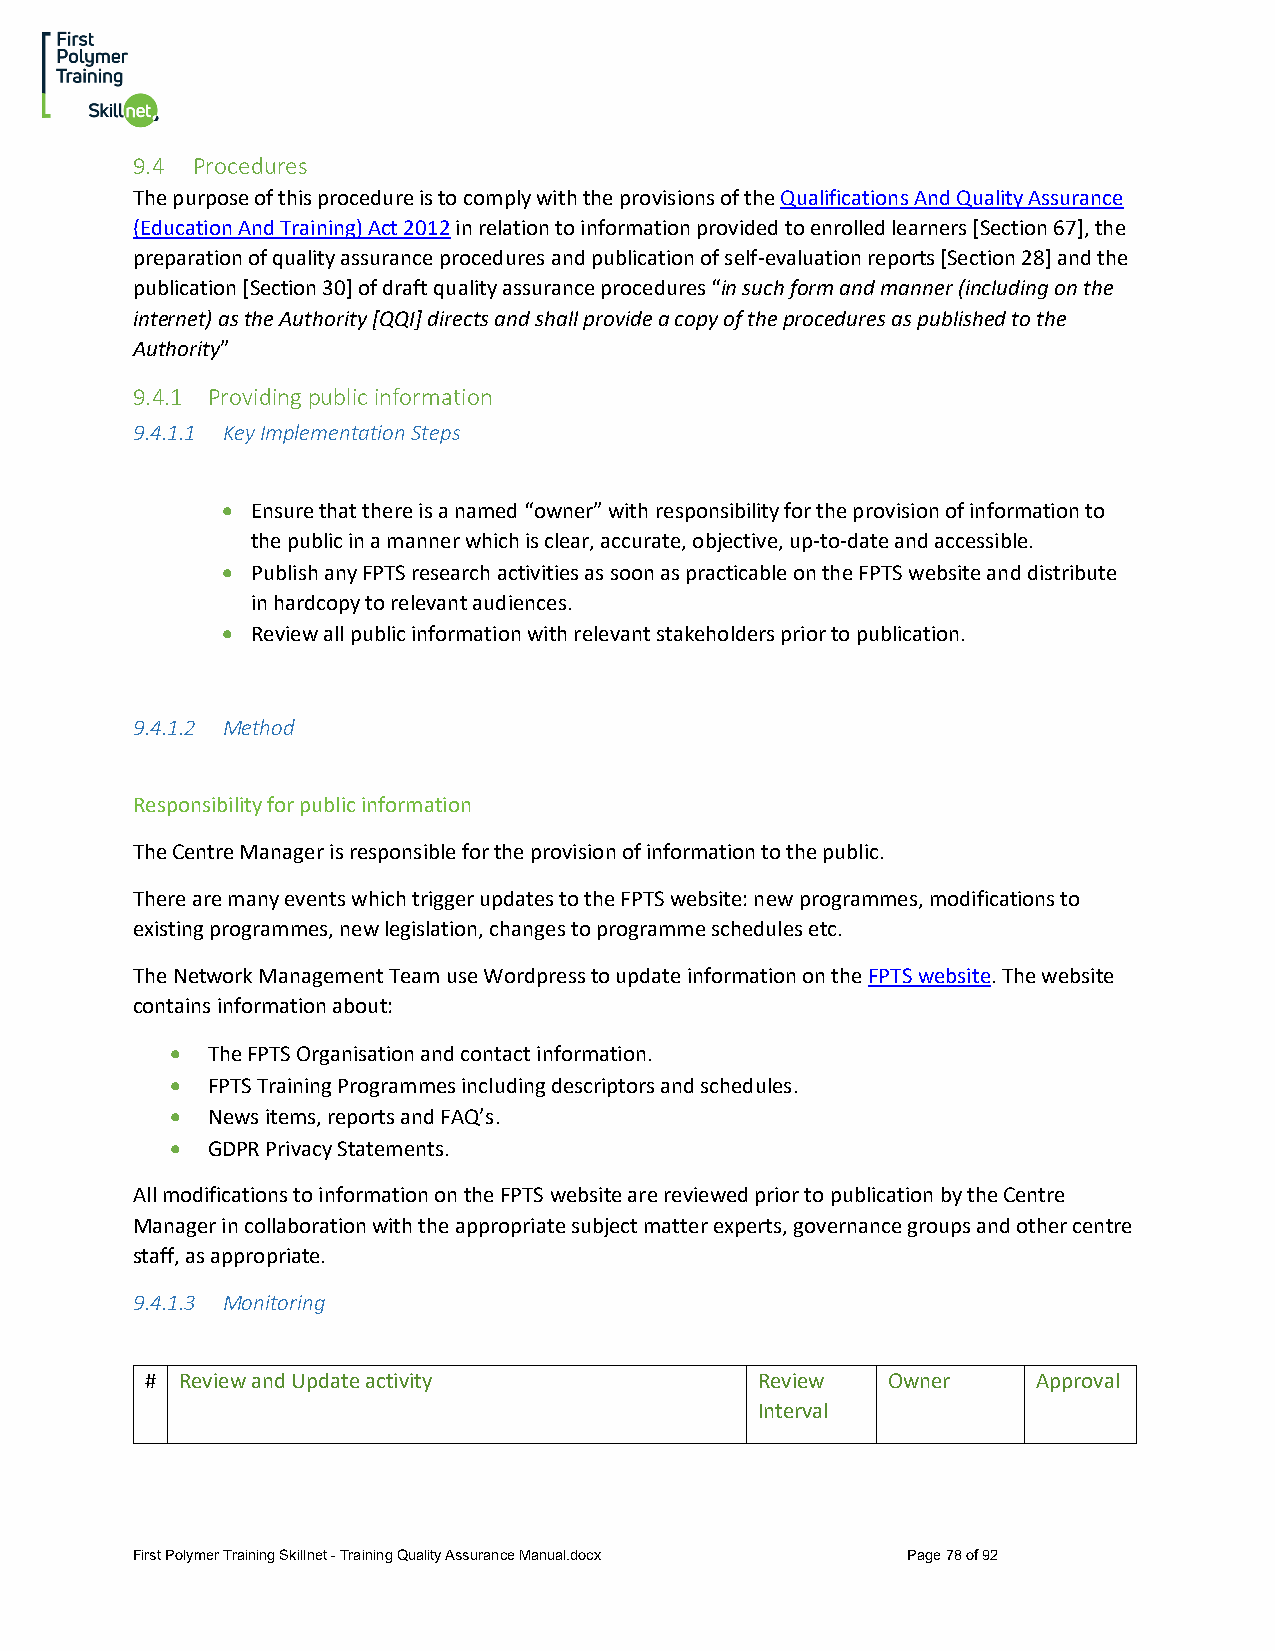
9.4 Procedures
 The purpose of this procedure is to comply with the provisions of the Qualifications And Quality Assurance
 (Education And Training) Act 2012 in relation to information provided to enrolled learners [Section 67], the
 preparation of quality assurance procedures and publication of self-evaluation reports [Section 28] and the
 publication [Section 30] of draft quality assurance procedures “in such form and manner (including on the
 internet) as the Authority [QQI] directs and shall provide a copy of the procedures as published to the
 Authority”
 9.4.1 Providing public information
 9.4.1.1 Key Implementation Steps
 • Ensure that there is a named “owner” with responsibility for the provision of information to
 the public in a manner which is clear, accurate, objective, up-to-date and accessible.
 • Publish any FPTS research activities as soon as practicable on the FPTS website and distribute
 in hardcopy to relevant audiences.
 • Review all public information with relevant stakeholders prior to publication.
 9.4.1.2 Method
 Responsibility for public information
 The Centre Manager is responsible for the provision of information to the public.
 There are many events which trigger updates to the FPTS website: new programmes, modifications to
 existing programmes, new legislation, changes to programme schedules etc.
 The Network Management Team use Wordpress to update information on the FPTS website. The website
 contains information about:
 •  The FPTS Organisation and contact information.
 •  FPTS Training Programmes including descriptors and schedules.
 •  News items, reports and FAQ’s.
 •  GDPR Privacy Statements.
 All modifications to information on the FPTS website are reviewed prior to publication by the Centre
 Manager in collaboration with the appropriate subject matter experts, governance groups and other centre
 staff, as appropriate.
 9.4.1.3 Monitoring
 # Review and Update activity            Review   Owner     Approval
 Interval
 First Polymer Training Skillnet - Training Quality Assurance Manual.docx Page 78 of 92